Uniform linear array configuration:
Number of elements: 16
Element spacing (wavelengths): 0.5
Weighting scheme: cosine
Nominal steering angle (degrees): -45
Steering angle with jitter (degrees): -46.738
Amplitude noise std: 0.05
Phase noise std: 0.05

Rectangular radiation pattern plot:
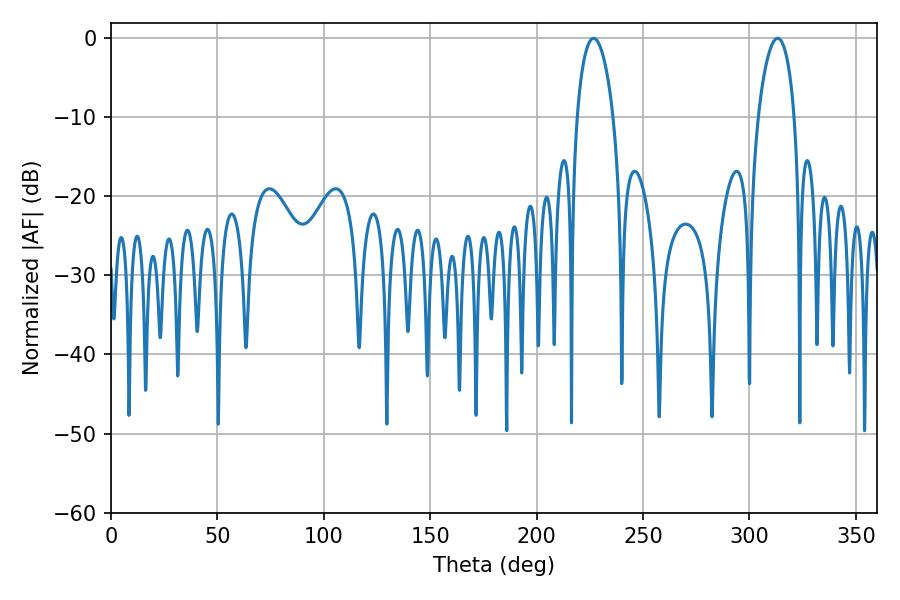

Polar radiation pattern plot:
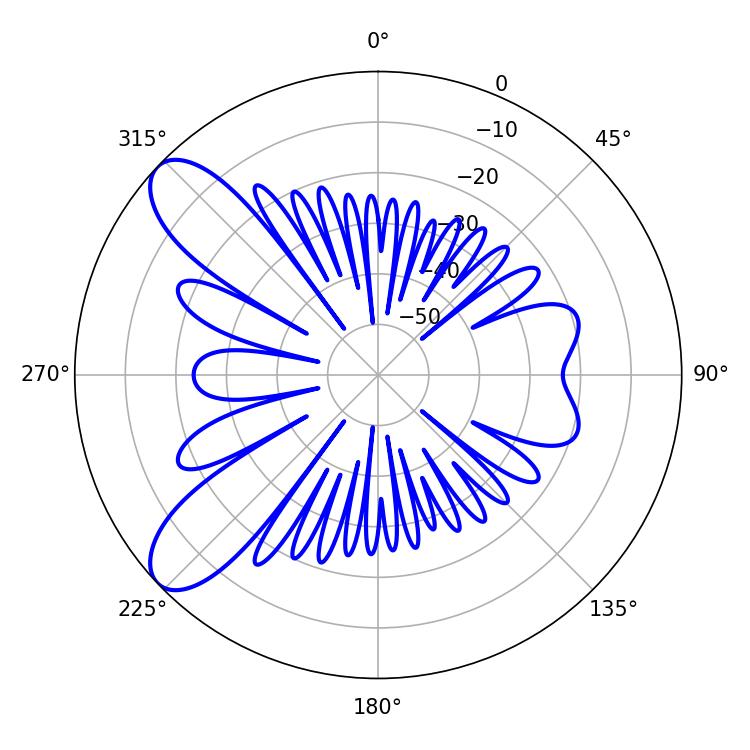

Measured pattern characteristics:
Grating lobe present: FALSE
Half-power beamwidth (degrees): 9.72
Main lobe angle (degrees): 226.8